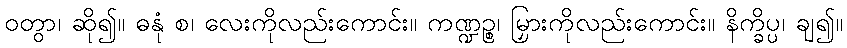
ဝတွာ၊ ဆို၍။ ဓနုံ စ၊ လေးကိုလည်းကောင်း။ ကဏ္ဍဉ္စ၊ မြှားကိုလည်းကောင်း။ နိက္ခိပ္ပ၊ ချ၍။